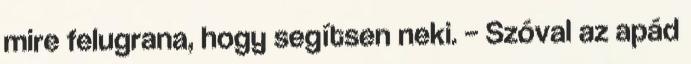
mire felugrana, hogy segítsen neki. – Szóval az apád